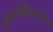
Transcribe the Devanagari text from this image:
ज्ञानज्योतिप्रकाशे